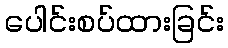
ပေါင်းစပ်ထားခြင်း